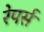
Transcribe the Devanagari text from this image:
रेपर्स